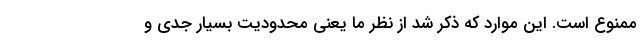
ممنوع است. این موارد که ذکر شد از نظر ما یعنی محدودیت بسیار جدی و